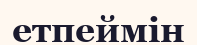
етпеймін